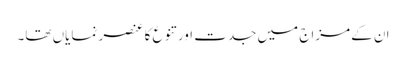
ان کے مزاج میں جدت اور تنوع کا عنصر نمایاں تھا۔